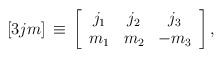
\begin{align*}\left[3jm\right]\,\equiv\,\left[ \begin{array}{ccc}j_1 & j_2 & j_3 \\m_1 & m_2 & -m_3\end{array}\right],\end{align*}